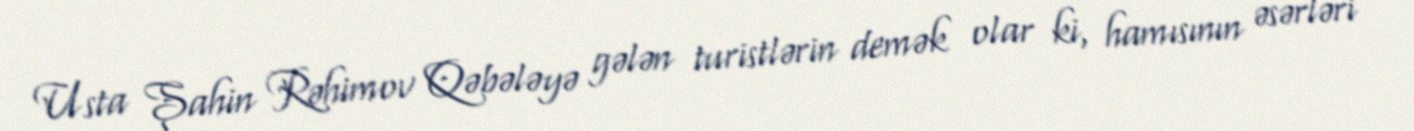
Usta Şahin Rəhimov Qəbələyə gələn turistlərin demək olar ki, hamısının əsərləri